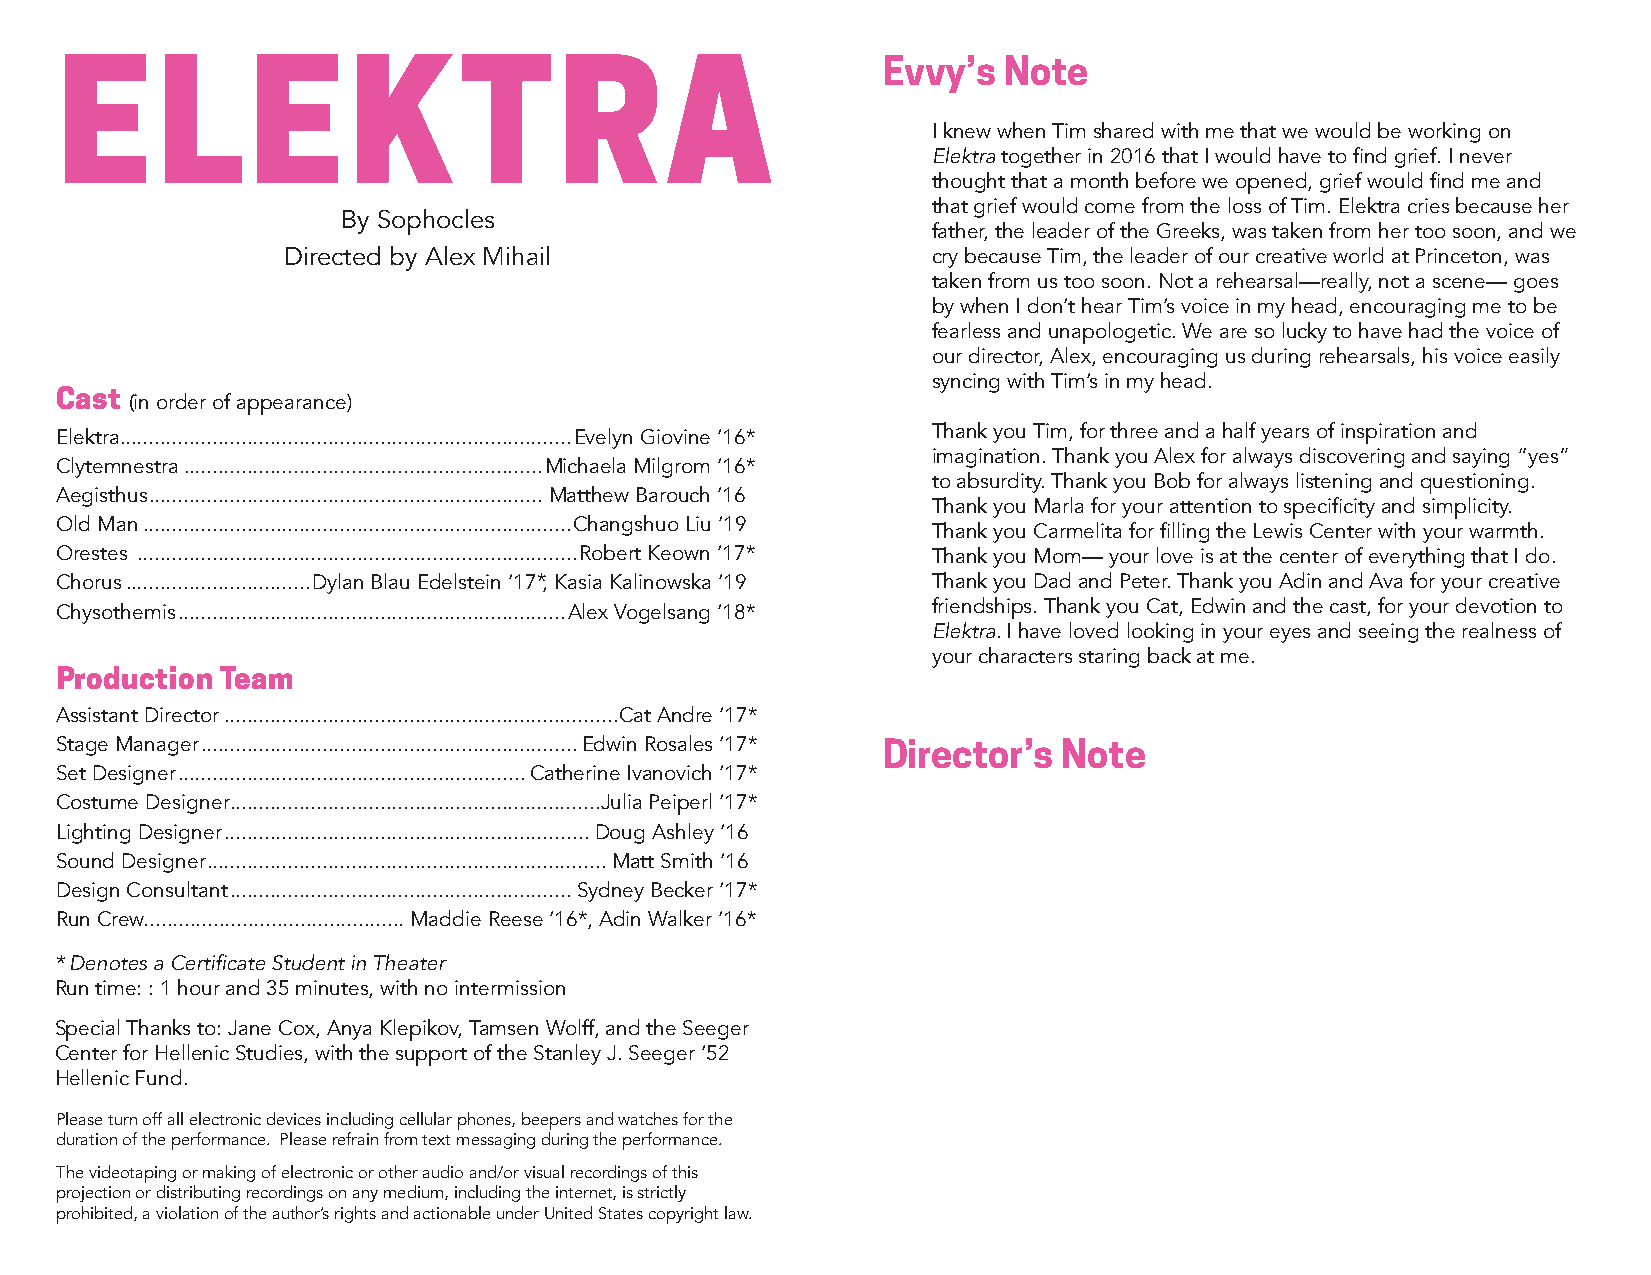
ELEKTRA                                               Evvy’s  Note
 I knew when Tim shared with me that we would be working on
 Elektra together in 2016 that I would have to find grief. I never
 thought that a month before we opened, grief would find me and
 that grief would come from the loss of Tim. Elektra cries because her
 By Sophocles
 father, the leader of the Greeks, was taken from her too soon, and we
 Directed by Alex Mihail                    cry because Tim, the leader of our creative world at Princeton, was
 taken from us too soon. Not a rehearsal—really, not a scene— goes
 by when I don’t hear Tim’s voice in my head, encouraging me to be
 fearless and unapologetic. We are so lucky to have had the voice of
 our director, Alex, encouraging us during rehearsals, his voice easily
 syncing with Tim’s in my head.
 Cast
 (in order of appearance)
 Elektra ..............................................................................Evelyn Giovine ‘16* Thank you Tim, for three and a half years of inspiration and
 imagination. Thank you Alex for always discovering and saying “yes”
 Clytemnestra ..............................................................Michaela Milgrom ‘16*
 to absurdity. Thank you Bob for always listening and questioning.
 Aegisthus ....................................................................Matthew Barouch ‘16
 Thank you Marla for your attention to specificity and simplicity.
 Old Man ..........................................................................Changshuo Liu ‘19
 Thank you Carmelita for filling the Lewis Center with your warmth.
 Orestes ............................................................................Robert Keown ‘17* Thank you Mom— your love is at the center of everything that I do.
 Chorus ................................Dylan Blau Edelstein ‘17 *, Kasia Kalinowska ‘19 Thank you Dad and Peter. Thank you Adin and Ava for your creative
 Chysothemis ...................................................................Alex Vogelsang ‘18* friendships. Thank you Cat, Edwin and the cast, for your devotion to
 Elektra. I have loved looking in your eyes and seeing the realness of
 your characters staring back at me.
 Production Team
 Assistant Director ....................................................................Cat Andre ‘17*
 Stage Manager .................................................................Edwin Rosales ‘17* Director’s Note
 Set Designer ............................................................Catherine Ivanovich ‘17*
 Costume Designer ................................................................Julia Peiperl ‘17*
 Lighting Designer ...............................................................Doug Ashley ‘16
 Sound Designer .....................................................................Matt Smith ‘16
 Design Consultant ...........................................................Sydney Becker ‘17*
 Run Crew............................................. Maddie Reese ‘16*, Adin Walker ‘16*
 * Denotes a Certificate Student in Theater
 Run time: : 1 hour and 35 minutes, with no intermission
 Special Thanks to: Jane Cox, Anya Klepikov, Tamsen Wolff, and the Seeger
 Center for Hellenic Studies, with the support of the Stanley J. Seeger ‘52
 Hellenic Fund.
 Please turn off all electronic devices including cellular phones, beepers and watches for the
 duration of the performance. Please refrain from text messaging during the performance.
 The videotaping or making of electronic or other audio and/or visual recordings of this
 projection or distributing recordings on any medium, including the internet, is strictly
 prohibited, a violation of the author’s rights and actionable under United States copyright law.